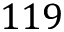
1 1 9